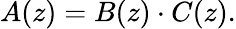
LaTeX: A(z)=B(z)\cdot C(z).